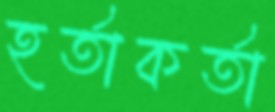
হর্তাকর্তা